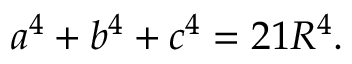
a ^ { 4 } + b ^ { 4 } + c ^ { 4 } = 2 1 R ^ { 4 } .